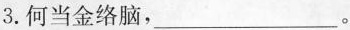
3.何当金络脑，___